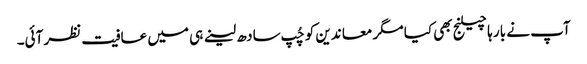
آپ نے بار ہا چیلنج بھی کیا مگر معا ندین کو چُپ سادھ لینے ہی میں عافیت نظر آئی۔